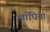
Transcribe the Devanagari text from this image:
लाँघिया